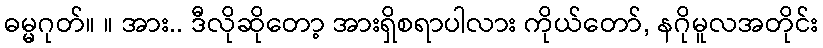
ဓမ္မဂုတ်။ ။ အား.. ဒီလိုဆိုတော့ အားရှိစရာပါလား ကိုယ်တော်, နဂိုမူလအတိုင်း